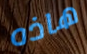
هاذه